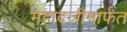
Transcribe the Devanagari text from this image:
महादजीमार्फत